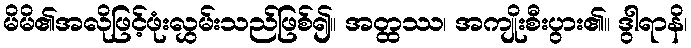
မိမိ၏အလိုဖြင့်ဖုံးလွှမ်းသည်ဖြစ်၍။ အတ္ထဿ၊ အကျိုးစီးပွား၏။ ဒွါရာနိ၊